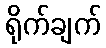
ရိုက်ချက်